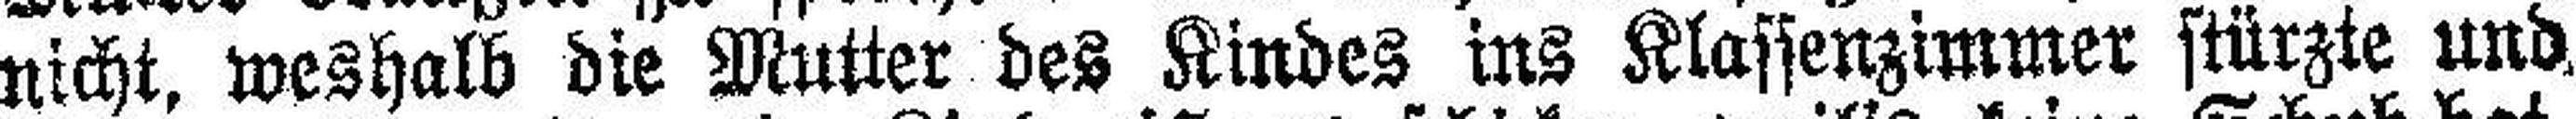
nicht, weshalb die Mutter des Kindes ins Klassenzimmer stürzte und